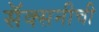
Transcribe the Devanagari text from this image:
सॅक्सनीची